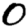
Digit: 0